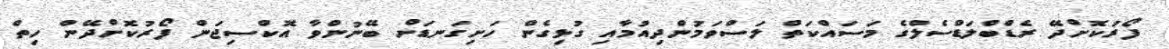
ފޯރުކޮށްދޭ ރެޑްބްލަޑްސެލްގެ މަސައްކަތް ލަސްވަމުންދިއުމާއި ގުޅިގެން ހަށިގަނޑަށް ބޭނުންވާ އޮކްސިޖަން ފޯރުކޮށްދޭން ހިތް